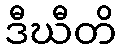
ဒီဃီတိ